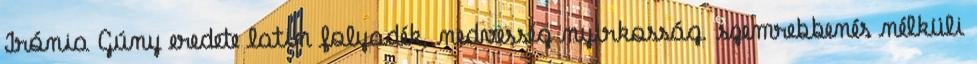
Irónia Gúny eredete latin folyadék, nedvesség nyirkosság. szemrebbenés nélküli